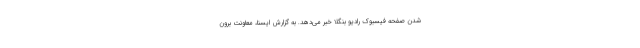
شدن صفحه فیسبوک رادیو بنگلا خبر می‌دهد. به گزارش ایسنا، معاونت برون